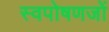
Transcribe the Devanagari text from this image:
स्वपोषणजों